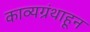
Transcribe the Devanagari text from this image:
काव्यग्रंथाहून